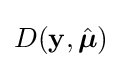
D(\mathbf {y} ,{\hat {\boldsymbol {\mu }}})